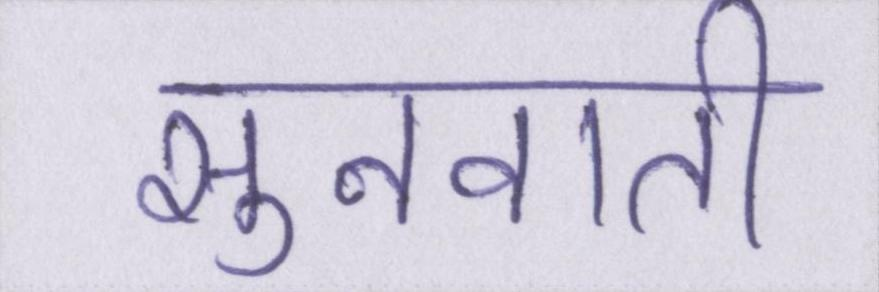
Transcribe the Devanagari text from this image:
सुनवाती